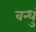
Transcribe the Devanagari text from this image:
बन्धुं